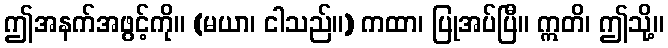
ဤအနက်အဖွင့်ကို။ (မယာ၊ ငါသည်။) ကထာ၊ ပြုအပ်ပြီ။ ဣတိ၊ ဤသို့။